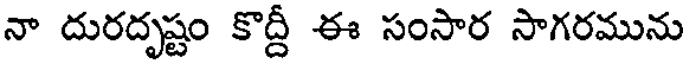
నా దురదృష్టం కొద్దీ ఈ సంసార సాగరమును